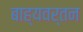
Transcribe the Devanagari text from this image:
बाह्यवर्तन